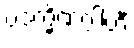
ပဒက္ခိဏဂ္ဂါဟီ